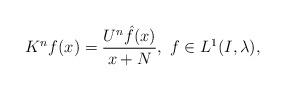
LaTeX: \begin{align*}K^n f(x) = \frac{U^n \hat{f}(x)}{x+N}, \ f \in L^1(I, \lambda), \end{align*}